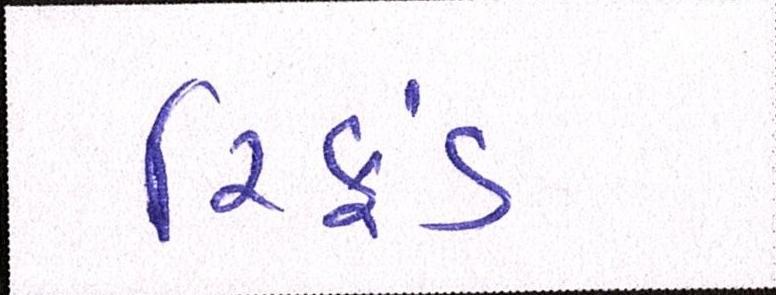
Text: રિફડં